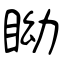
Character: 眑